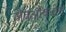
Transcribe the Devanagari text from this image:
जैवऔषधीय